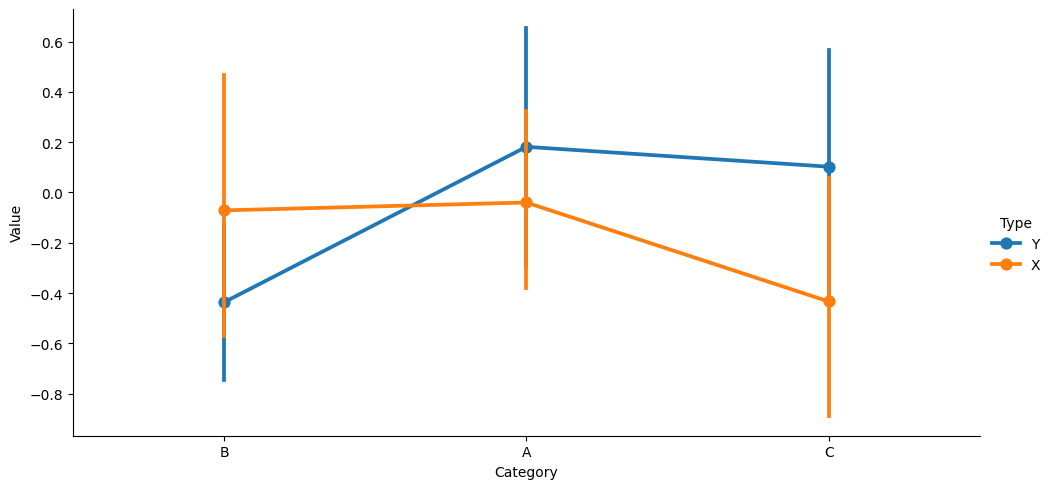
python, seaborn, catplot, kind='point', height=5, aspect=2